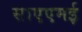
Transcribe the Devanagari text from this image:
साएएमई